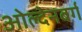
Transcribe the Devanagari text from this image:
ओल्देनबर्ग